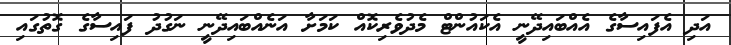
އަދި އެފައިސާގެ އެއްބައިދޭނީ އެކައުންޓް މެދުވެރިކޮއް ކަމަށާ އަނެއްބައިދޭނީ ނަގުދު ފައިސާގެ ގޮތުގައި